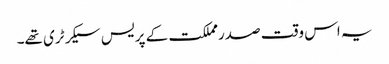
یہ اس وقت صدرمملکت کے پریس سیکرٹری تھے۔